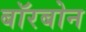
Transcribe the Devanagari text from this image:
बॉरबोन